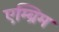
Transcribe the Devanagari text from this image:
एम्ब्रिम